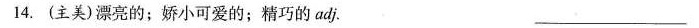
14.(主美)漂亮的；娇小可爱的；精巧的adj. ___